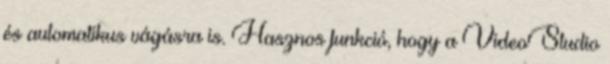
és automatikus vágásra is. Hasznos funkció, hogy a VideoStudio